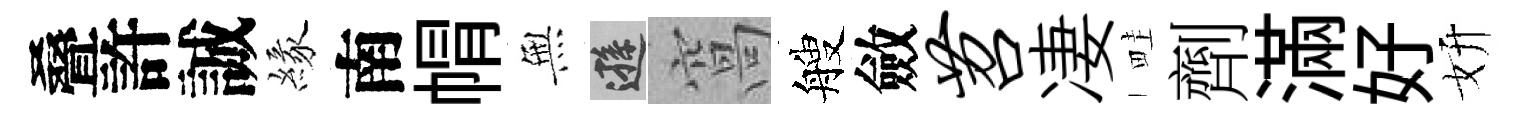
叠許誠緣南㡌𭴾遜窩艘斂苕凄畦劑滿好妍